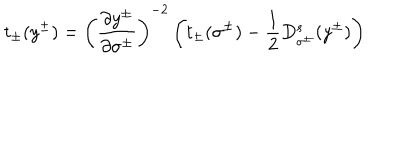
LaTeX: t _ { \pm } ( y ^ { \pm } ) = \left( \frac { \partial y ^ { \pm } } { \partial \sigma ^ { \pm } } \right) ^ { - 2 } \left( t _ { \pm } ( \sigma ^ { \pm } ) - \frac { 1 } { 2 } D _ { \sigma ^ { \pm } } ^ { s } ( y ^ { \pm } ) \right)